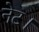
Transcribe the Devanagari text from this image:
नेट।